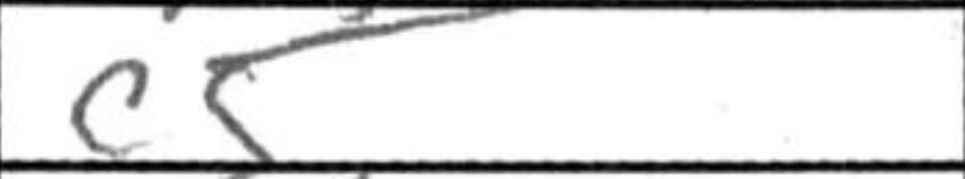
Transcription: c5